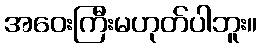
အဝေးကြီးမဟုတ်ပါဘူး။